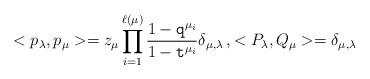
LaTeX: \begin{align*} <p_\lambda,p_\mu>=z_\mu \prod_{i=1}^{\ell(\mu)}\frac{1-\texttt{q}^{\mu_i}}{1-\texttt{t}^{\mu_i}} \delta_{\mu,\lambda}\,,<P_\lambda,Q_\mu >=\delta_{\mu,\lambda}\end{align*}